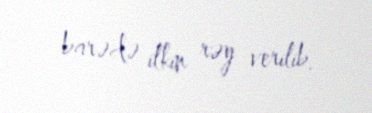
barədə ilkin rəy verilib.